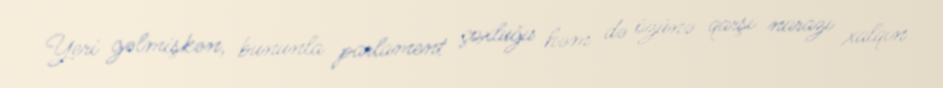
Yeri gəlmişkən, bununla parlament çoxluğu həm də özünə qarşı narazı xalqın